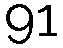
91